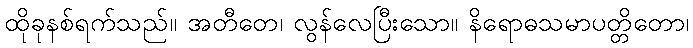
ထိုခုနစ်ရက်သည်။ အတီတေ၊ လွန်လေပြီးသော။ နိရောဓသမာပတ္တိတော၊